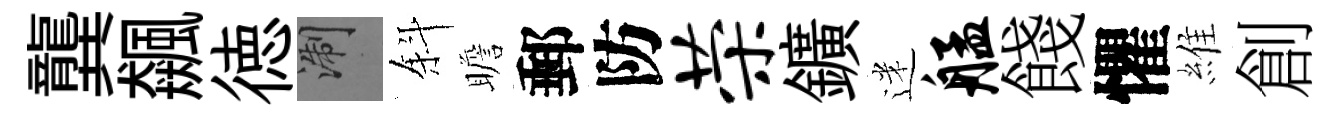
龔飆徳浙斜瞻郵防荣鑛迷艋餞懼維創